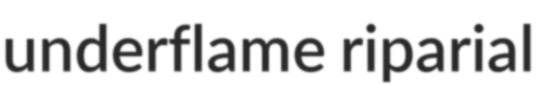
underflame riparial